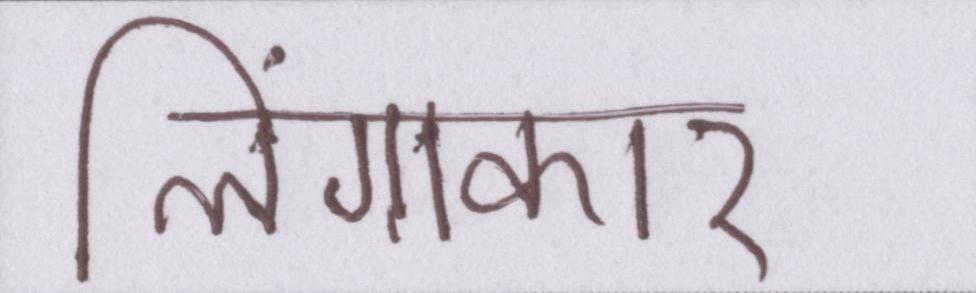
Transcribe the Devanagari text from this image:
लिंगाकार